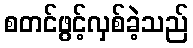
စတင်ဖွင့်လှစ်ခဲ့သည်